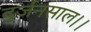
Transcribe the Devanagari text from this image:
दुर्जनसाल।।